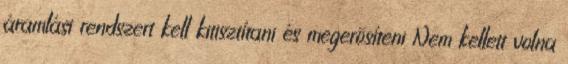
áramlási rendszert kell kitisztítani és megerõsíteni Nem kellett volna